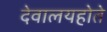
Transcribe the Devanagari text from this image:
देवालयहोते